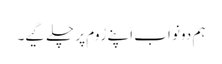
ہم دونو اَب اَپنے رُوم پر چلے گیے۔